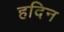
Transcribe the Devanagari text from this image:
हदिन